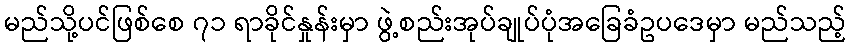
မည်သို့ပင်ဖြစ်စေ ၇၁ ရာခိုင်နှုန်းမှာ ဖွဲ့စည်းအုပ်ချုပ်ပုံအခြေခံဥပဒေမှာ မည်သည့်